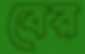
বের